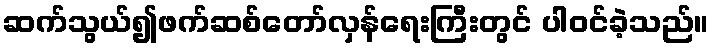
ဆက်သွယ်၍ဖက်ဆစ်တော်လှန်ရေးကြီးတွင် ပါဝင်ခဲ့သည်။